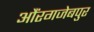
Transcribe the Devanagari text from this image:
औंरगजेबपुर